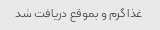
غذا گرم و بموقع دریافت شد